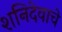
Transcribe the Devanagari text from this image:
शनिदेवाचे